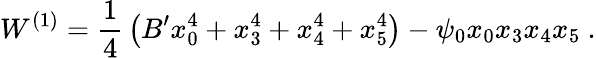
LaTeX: W^{(1)}={\frac{1}{4}}\left(B^{\prime}x_{0}^{4}+x_{3}^{4}+x_{4}^{4}+x_{5}^{4}\right)-\psi_{0}x_{0}x_{3}x_{4}x_{5}~.